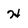
Character: H